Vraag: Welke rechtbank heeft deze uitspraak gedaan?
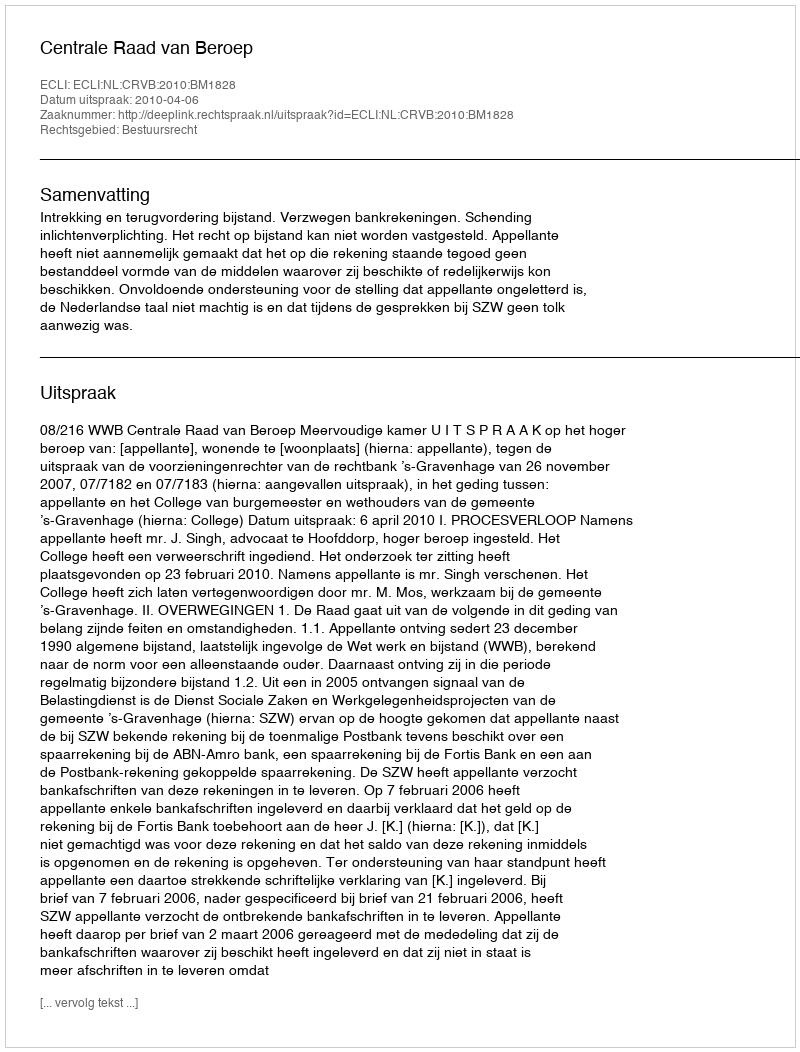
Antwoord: Centrale Raad van Beroep